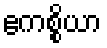
ဧကစ္စိယာ